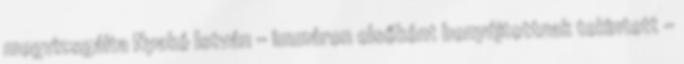
megvizsgálta Nyakó István – immáron elsőként benyújtottnak tekintett –